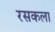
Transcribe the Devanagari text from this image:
रसकला